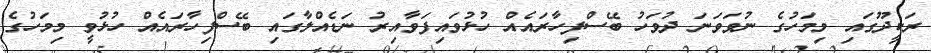
ރަކީދޫގައި މިމަހުގެ ނުވަވަނަ ދުވަހު ބޭސްފިހާރައެއް ހުޅުވައިފަވާއިރު ނަޑެއްލާގައި ބޭސްފިހާރައެއް ހުޅުވީ މިމަހުގެ